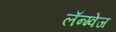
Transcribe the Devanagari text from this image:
लॅन्ग्वेज